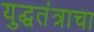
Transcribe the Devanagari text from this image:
युद्धतंत्राचा